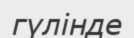
гүлінде